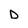
Character: D